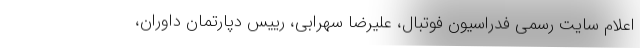
اعلام سایت رسمی فدراسیون فوتبال، علیرضا سهرابی، رییس دپارتمان داوران،